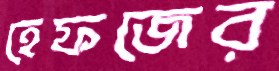
হেফজের